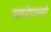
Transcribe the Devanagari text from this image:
उलटेपालटे